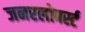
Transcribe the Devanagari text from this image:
जनरलोबर्स्ट